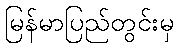
မြန်မာပြည်တွင်းမှ